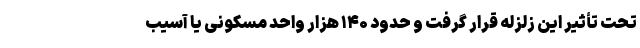
تحت تأثیر این زلزله قرار گرفت و حدود ۱۴۰ هزار واحد مسکونی یا آسیب